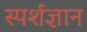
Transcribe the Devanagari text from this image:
स्‍पर्शज्ञान